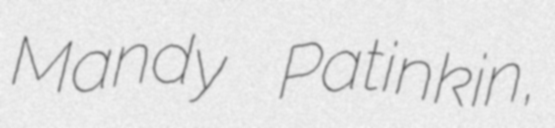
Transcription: Mandy Patinkin,